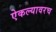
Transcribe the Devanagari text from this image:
ऐकल्यावरच